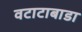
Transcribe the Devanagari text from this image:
वटाटाबाडा